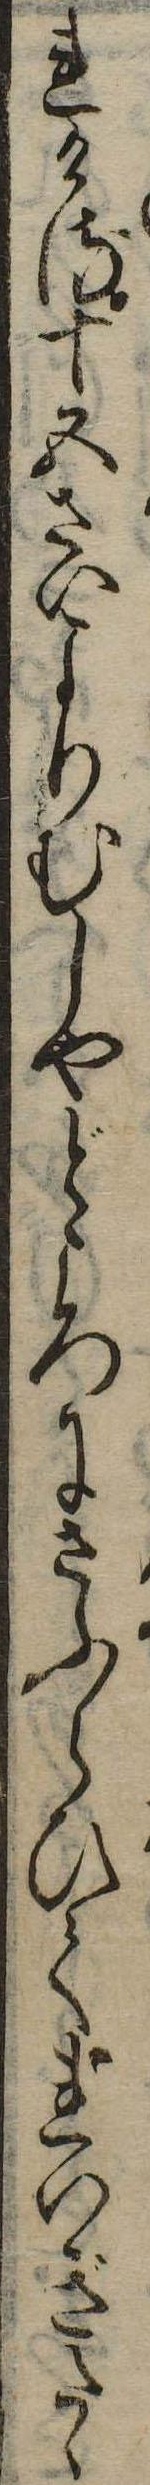
れける十五さいよりむしやどころにさふらひてれいぎたゝ